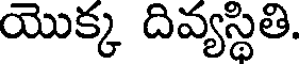
యొక్క దివ్యస్థితి.